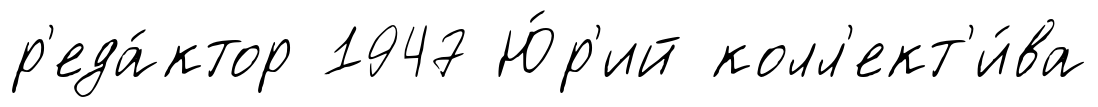
р'еда́ктор 1947 Ю́р'ий колл'ект'и́ва